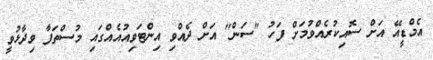
އެމްޑީއޭ އަށް ސޮއިކުރެއްވުމަށް ފަހު "ސަން" އަށް ދެއްވި އިންޓަވިއުއެއްގައި މުސްތަފާ ވިދާޅުވީ